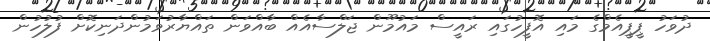
ދުވަހު ޕީޕީއެމްގެ މައި އޮފީހުގައި ރައީސް މައުމޫން ޖަލްސާއެއް ބާއްވަން ތައްޔާރުވަމުންދަނިކޮށް ފުލުހުން